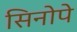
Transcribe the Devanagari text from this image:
सिनोपे